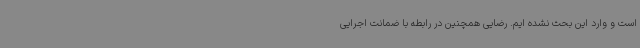
است و وارد این بحث نشده ایم. رضایی همچنین در رابطه با ضمانت اجرایی